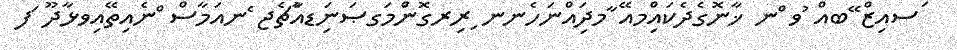
ަސއިޒް ޭބއް ުވ ްނ ޚާނޮގެދެކައްިމއޭ ާމދަިއްނަހެނނ ިރިރގޮންަމަގޞަނިަޑއާުޗެޖ ެނއަމާސް ްނެއިތޭއިވޅާދޫ ަފ